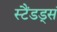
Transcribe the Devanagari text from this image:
स्टैंडड्सं